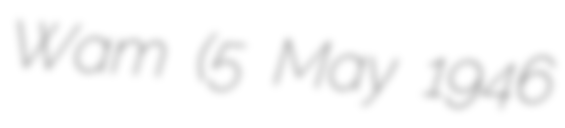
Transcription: Wam (5 May 1946